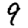
Digit: 9